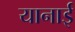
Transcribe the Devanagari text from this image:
यानाई